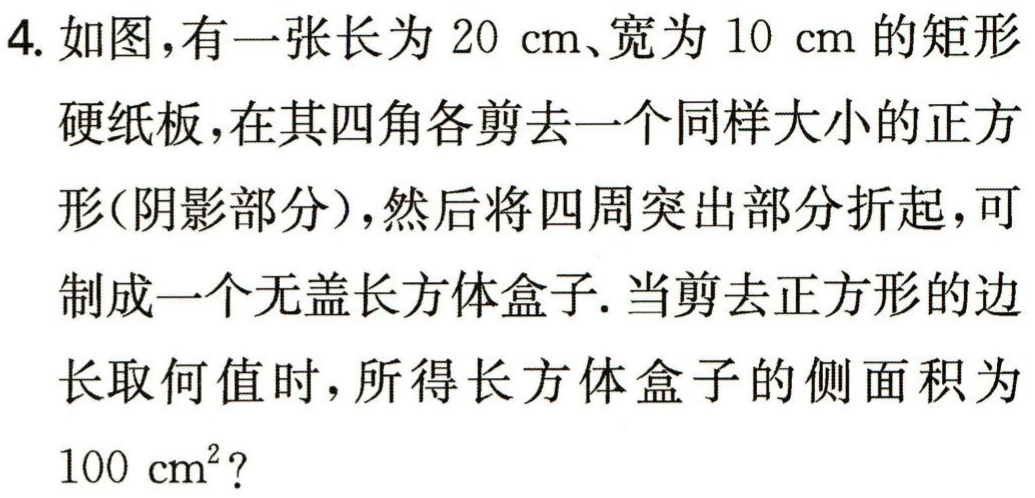
4. 如图，有一张长为 \(20\mathrm{cm}\)、宽为 \(10\mathrm{cm}\) 的矩形
硬纸板，在其四角各剪去一个同样大小的正方
形(阴影部分)，然后将四周突出部分折起，可
制成一个无盖长方体盒子. 当剪去正方形的边
长取何值时，所得长方体盒子的侧面积为
\(100\mathrm{cm}^{2}\)？